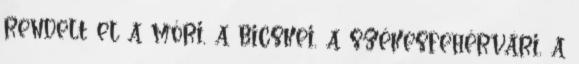
rendelt el a móri, a bicskei, a székesfehérvári, a